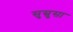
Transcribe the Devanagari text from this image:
सुस्रुसा